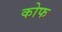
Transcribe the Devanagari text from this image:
कोफ